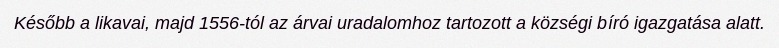
Később a likavai, majd 1556-tól az árvai uradalomhoz tartozott a községi bíró igazgatása alatt.